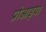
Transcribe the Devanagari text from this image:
प्रोआइया